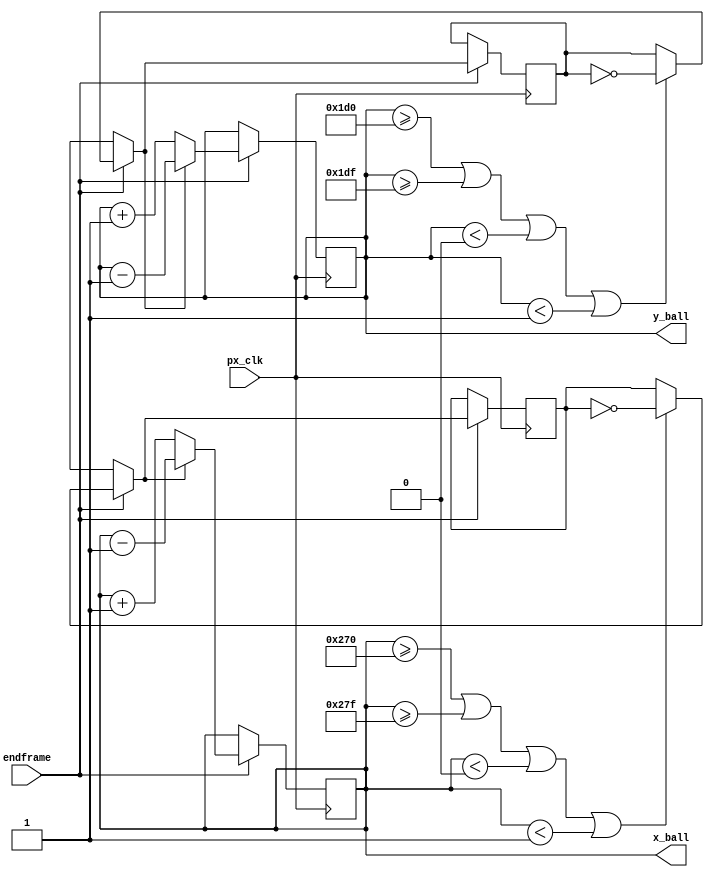
module BallUpdate #(
        parameter SIZE_BALL = 16)
			(
                input wire        px_clk,       // pixel clock.
				input wire 		  endframe,		// end of frame
                output reg [9:0]  x_ball,       // X ball position.
                output reg [9:0]  y_ball       // Y ball position.				
               );

	parameter [9:0] VISIBLECOLS = 640;
	parameter [9:0] VISIBLEROWS = 480;      
   
   // Border definition.
    parameter border = 0;
    parameter [9:0] x_ball_min = border;
    parameter [9:0] x_ball_max = VISIBLECOLS  - SIZE_BALL - border;
    parameter [9:0] y_ball_min = border;
    parameter [9:0] y_ball_max = VISIBLEROWS - SIZE_BALL - border;

	//speed and direction regs;
	reg [4:0] speed;
	reg dx,dy;
	
	// initialization of ball location, direction and speed
	initial
    begin
		x_ball <= (640 - SIZE_BALL)/4;
		y_ball <= (480 - SIZE_BALL)/2;
		dx <=0;
		dy <=0;
		speed <= 1;
    end
	
		
	//Block: Update Ball parameters	
	always @(posedge px_clk)
    begin
		if (endframe)
		begin
				// bounce with vertical borders
				if (x_ball>=x_ball_max  || x_ball>=(VISIBLECOLS-speed-border) || x_ball<border || x_ball<speed) 
				begin	
					dx = ~ dx;
					//mute = 0;
					//code_sound <= pong;
				end
				// bounce with horizontal borders
				if (y_ball>=y_ball_max  || y_ball>=(VISIBLEROWS-speed-border) || y_ball<border || y_ball<speed) 
				begin
					dy = ~ dy;
					//mute = 0;
					//code_sound <= pong;
				end
				// update the X coordinate
				if (dx==0)
					x_ball = x_ball+speed;
				else 
					x_ball = x_ball-speed;
				//update the X coordinate
				if (dy==0)
					y_ball = y_ball+speed;
				else 
					y_ball = y_ball-speed;
				//inc velocities
				// if (inc_vel && speed < 20)
					// speed = speed +1;
				// else 
					// if (dec_vel && speed > 0) 
						// speed = speed -1;

		end		
    end
	
endmodule